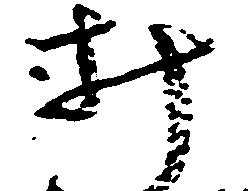
み